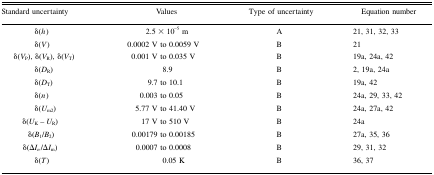
<table><thead><tr><td><b>Standard uncertainty</b></td><td><b>Values</b></td><td><b>Type of uncertainty</b></td><td><b>Equation number</b></td></tr></thead><tbody><tr><td>δ(<i>h</i>)</td><td>2.5 × 10<sup>−5</sup> m</td><td>A</td><td>21, 31, 32, 33</td></tr><tr><td>δ(<i>V</i>)</td><td>0.0002 V to 0.0059 V</td><td>B</td><td>21</td></tr><tr><td>δ(<i>V</i><sub>P</sub>), δ(<i>V</i><sub>R</sub>), δ(<i>V</i><sub>T</sub>)</td><td>0.001 V to 0.035 V</td><td>B</td><td>19a, 24a, 42</td></tr><tr><td>δ(<i>D</i><sub>R</sub>)</td><td>8.9</td><td>B</td><td>2, 19a, 24a</td></tr><tr><td>δ(<i>D</i><sub>T</sub>)</td><td>9.7 to 10.1</td><td>B</td><td>19a, 42</td></tr><tr><td>δ(<i>n</i>)</td><td>0.003 to 0.05</td><td>B</td><td>24a, 29, 33, 42</td></tr><tr><td>δ(<i>U</i><sub>m2</sub>)</td><td>5.77 V to 41.40 V</td><td>B</td><td>24a, 27a, 42</td></tr><tr><td>δ(<i>U</i><sub>K</sub> − <i>U</i><sub>R</sub>)</td><td>17 V to 510 V</td><td>B</td><td>24a</td></tr><tr><td>δ(<i>B</i><sub>1</sub>/<i>B</i><sub>2</sub>)</td><td>0.00179 to 0.00185</td><td>B</td><td>27a, 35, 36</td></tr><tr><td>δ(Δ<i>I<sub>n</sub></i>/Δ<i>I</i><sub>m</sub>)</td><td>0.0007 to 0.0008</td><td>B</td><td>29, 31, 32</td></tr><tr><td>δ(<i>T</i>)</td><td>0.05 K</td><td>B</td><td>36, 37</td></tr></tbody></table>